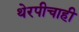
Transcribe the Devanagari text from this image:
थेरपीचाही